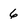
Character: 6